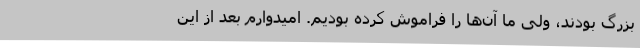
بزرگ بودند، ولی ما آن‌ها را فراموش کرده بودیم. امیدوارم بعد از این